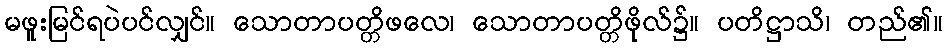
မဖူးမြင်ရပဲပင်လျှင်။ သောတာပတ္တိဖလေ၊ သောတာပတ္တိဖိုလ်၌။ ပတိဋ္ဌာသိ၊ တည်၏။